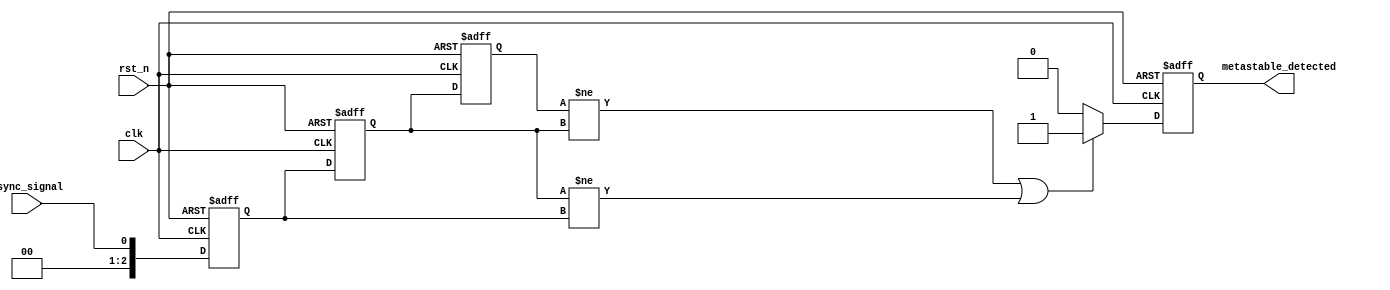
module MetastabilityDetector #(
    parameter NUM_STAGES = 3, // Number of flip-flop stages
    parameter STABLE_THRESHOLD = 2 // Number of clock cycles to consider output stable
)(
    input wire clk,                // Sampling clock
    input wire rst_n,              // Active low reset
    input wire async_signal,        // Asynchronous input signal
    output reg metastable_detected  // Error flag for metastability
);

    // Internal signals for flip-flops
    reg [NUM_STAGES-1:0] ff [0:NUM_STAGES-1]; // Array of flip-flops

    // Shift register to hold the sampled values
    integer i;

    // Flip-flop stages
    always @(posedge clk or negedge rst_n) begin
        if (!rst_n) begin
            // Reset all flip-flops
            for (i = 0; i < NUM_STAGES; i = i + 1) begin
                ff[i] <= 1'b0;
            end
            metastable_detected <= 1'b0;
        end else begin
            // Shift the input signal through the flip-flops
            ff[0] <= async_signal; // Sample the asynchronous signal
            for (i = 1; i < NUM_STAGES; i = i + 1) begin
                ff[i] <= ff[i-1]; // Cascade the flip-flops
            end
            
            // Check for metastability detection
            if (NUM_STAGES > 1) begin
                // Compare the last few stages to detect changes
                if ((ff[NUM_STAGES-1] != ff[NUM_STAGES-2]) || 
                    (ff[NUM_STAGES-2] != ff[NUM_STAGES-3])) begin
                    metastable_detected <= 1'b1; // Metastability detected
                end else begin
                    metastable_detected <= 1'b0; // No metastability detected
                end
            end
        end
    end

endmodule